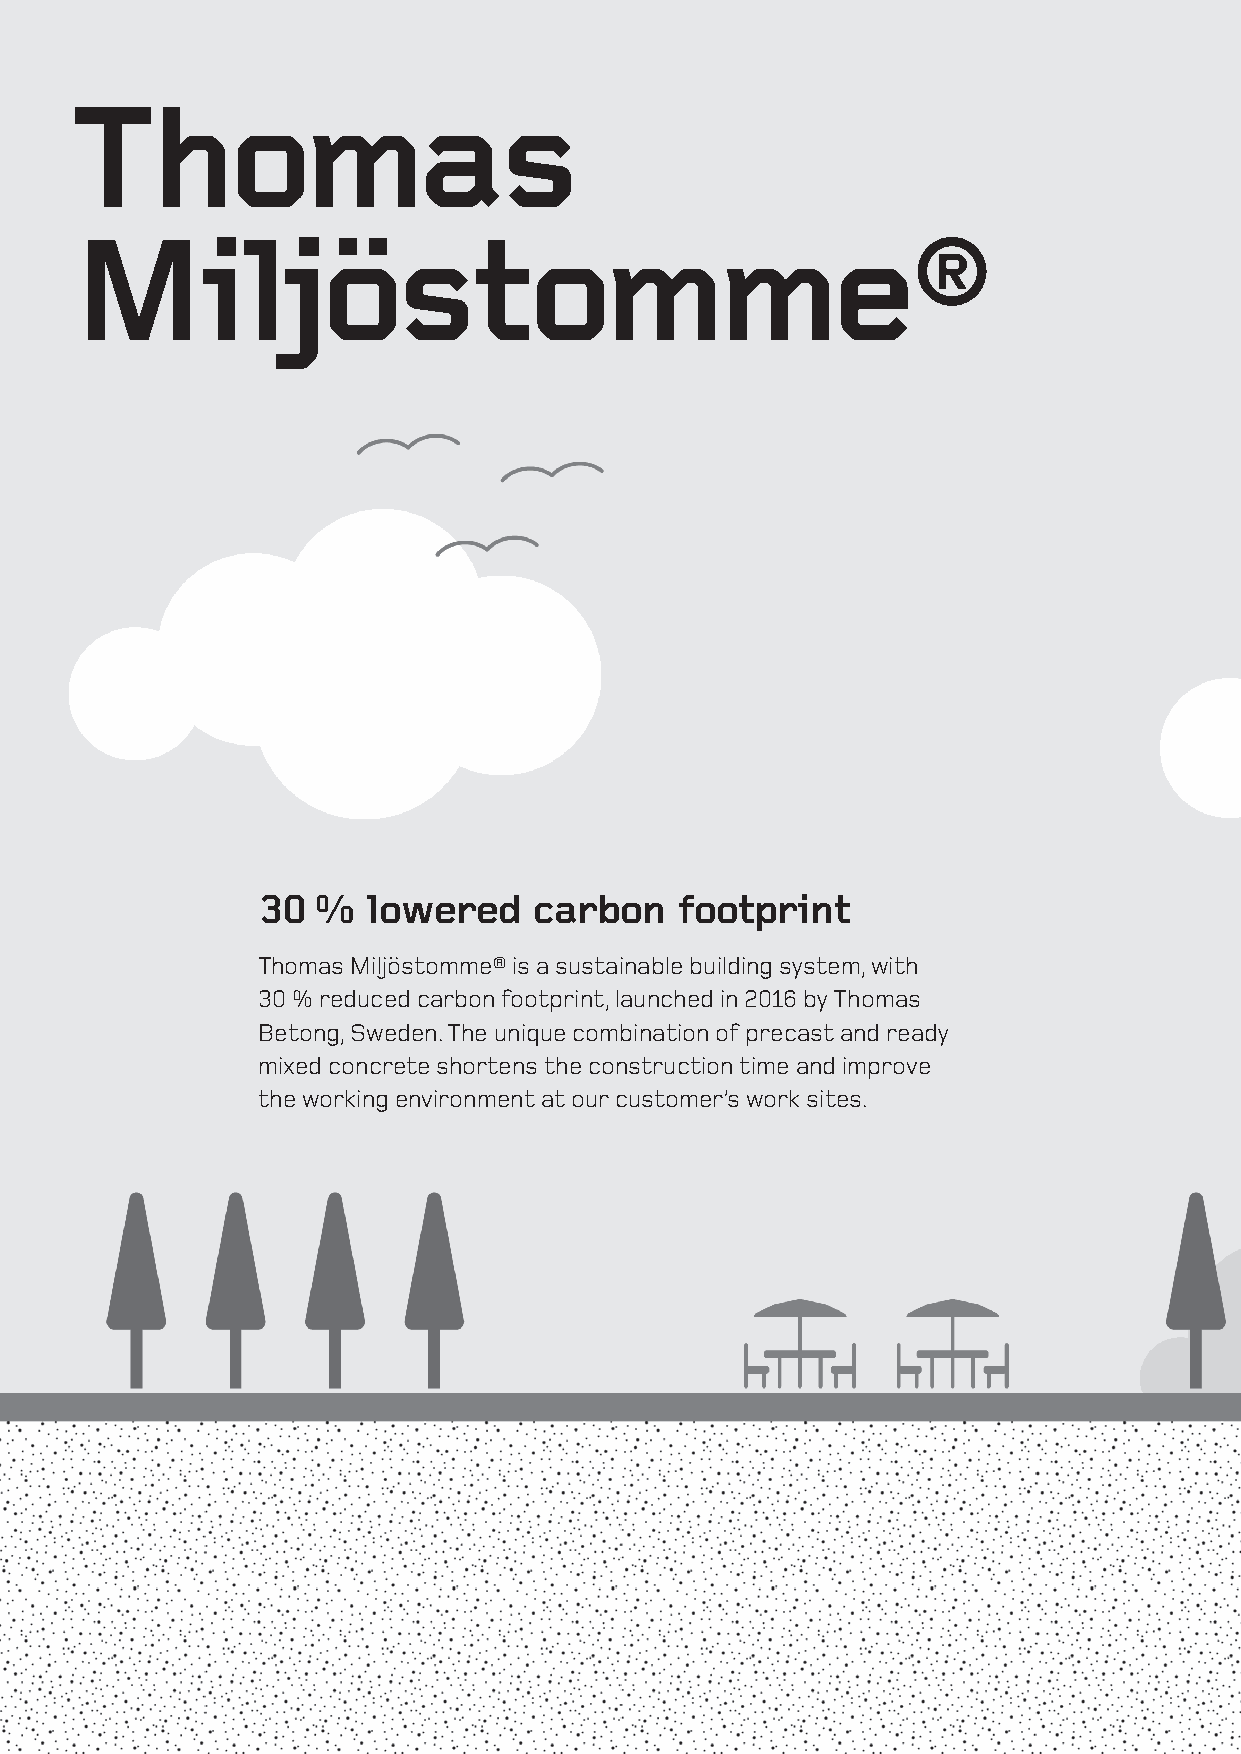
Thomas
 Miljöstomme®
 30  %  lowered    carbon    footprint
 Thomas Miljöstomme® is a sustainable building system, with
 30 % reduced carbon footprint, launched in 2016 by Thomas
 Betong, Sweden. The unique combination of precast and ready
 mixed concrete shortens the construction time and improve
 the working environment at our customer’s work sites.
 32